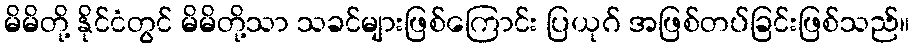
မိမိတို့ နိုင်ငံတွင် မိမိတို့သာ သခင်များဖြစ်ကြောင်း ပြယုဂ် အဖြစ်တပ်ခြင်းဖြစ်သည်။